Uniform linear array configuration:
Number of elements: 48
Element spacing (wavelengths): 1
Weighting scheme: exponential
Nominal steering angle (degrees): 0
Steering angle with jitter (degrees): -1.358
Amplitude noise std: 0.05
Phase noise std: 0.05

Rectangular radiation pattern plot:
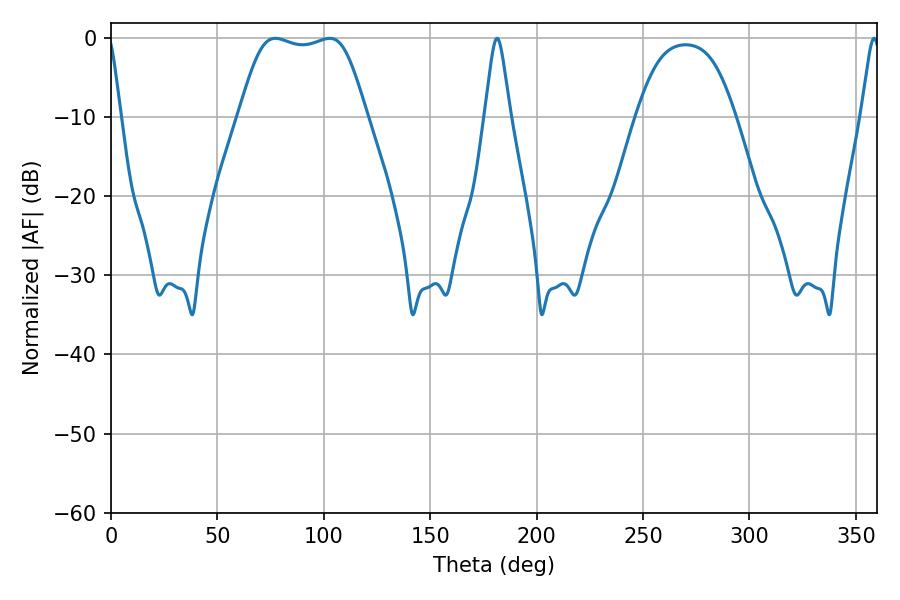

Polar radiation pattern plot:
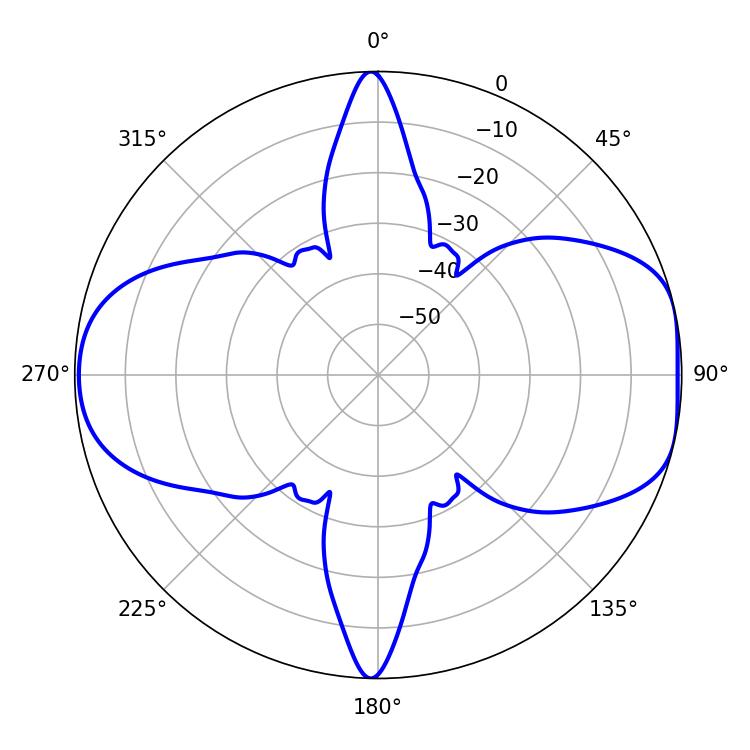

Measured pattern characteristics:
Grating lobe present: TRUE
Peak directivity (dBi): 8.156
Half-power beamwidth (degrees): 45
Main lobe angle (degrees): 77.22